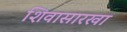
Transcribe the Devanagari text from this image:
शिवासारखा